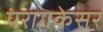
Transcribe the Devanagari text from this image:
परागकेसर